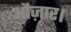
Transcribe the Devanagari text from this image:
औज़ार।